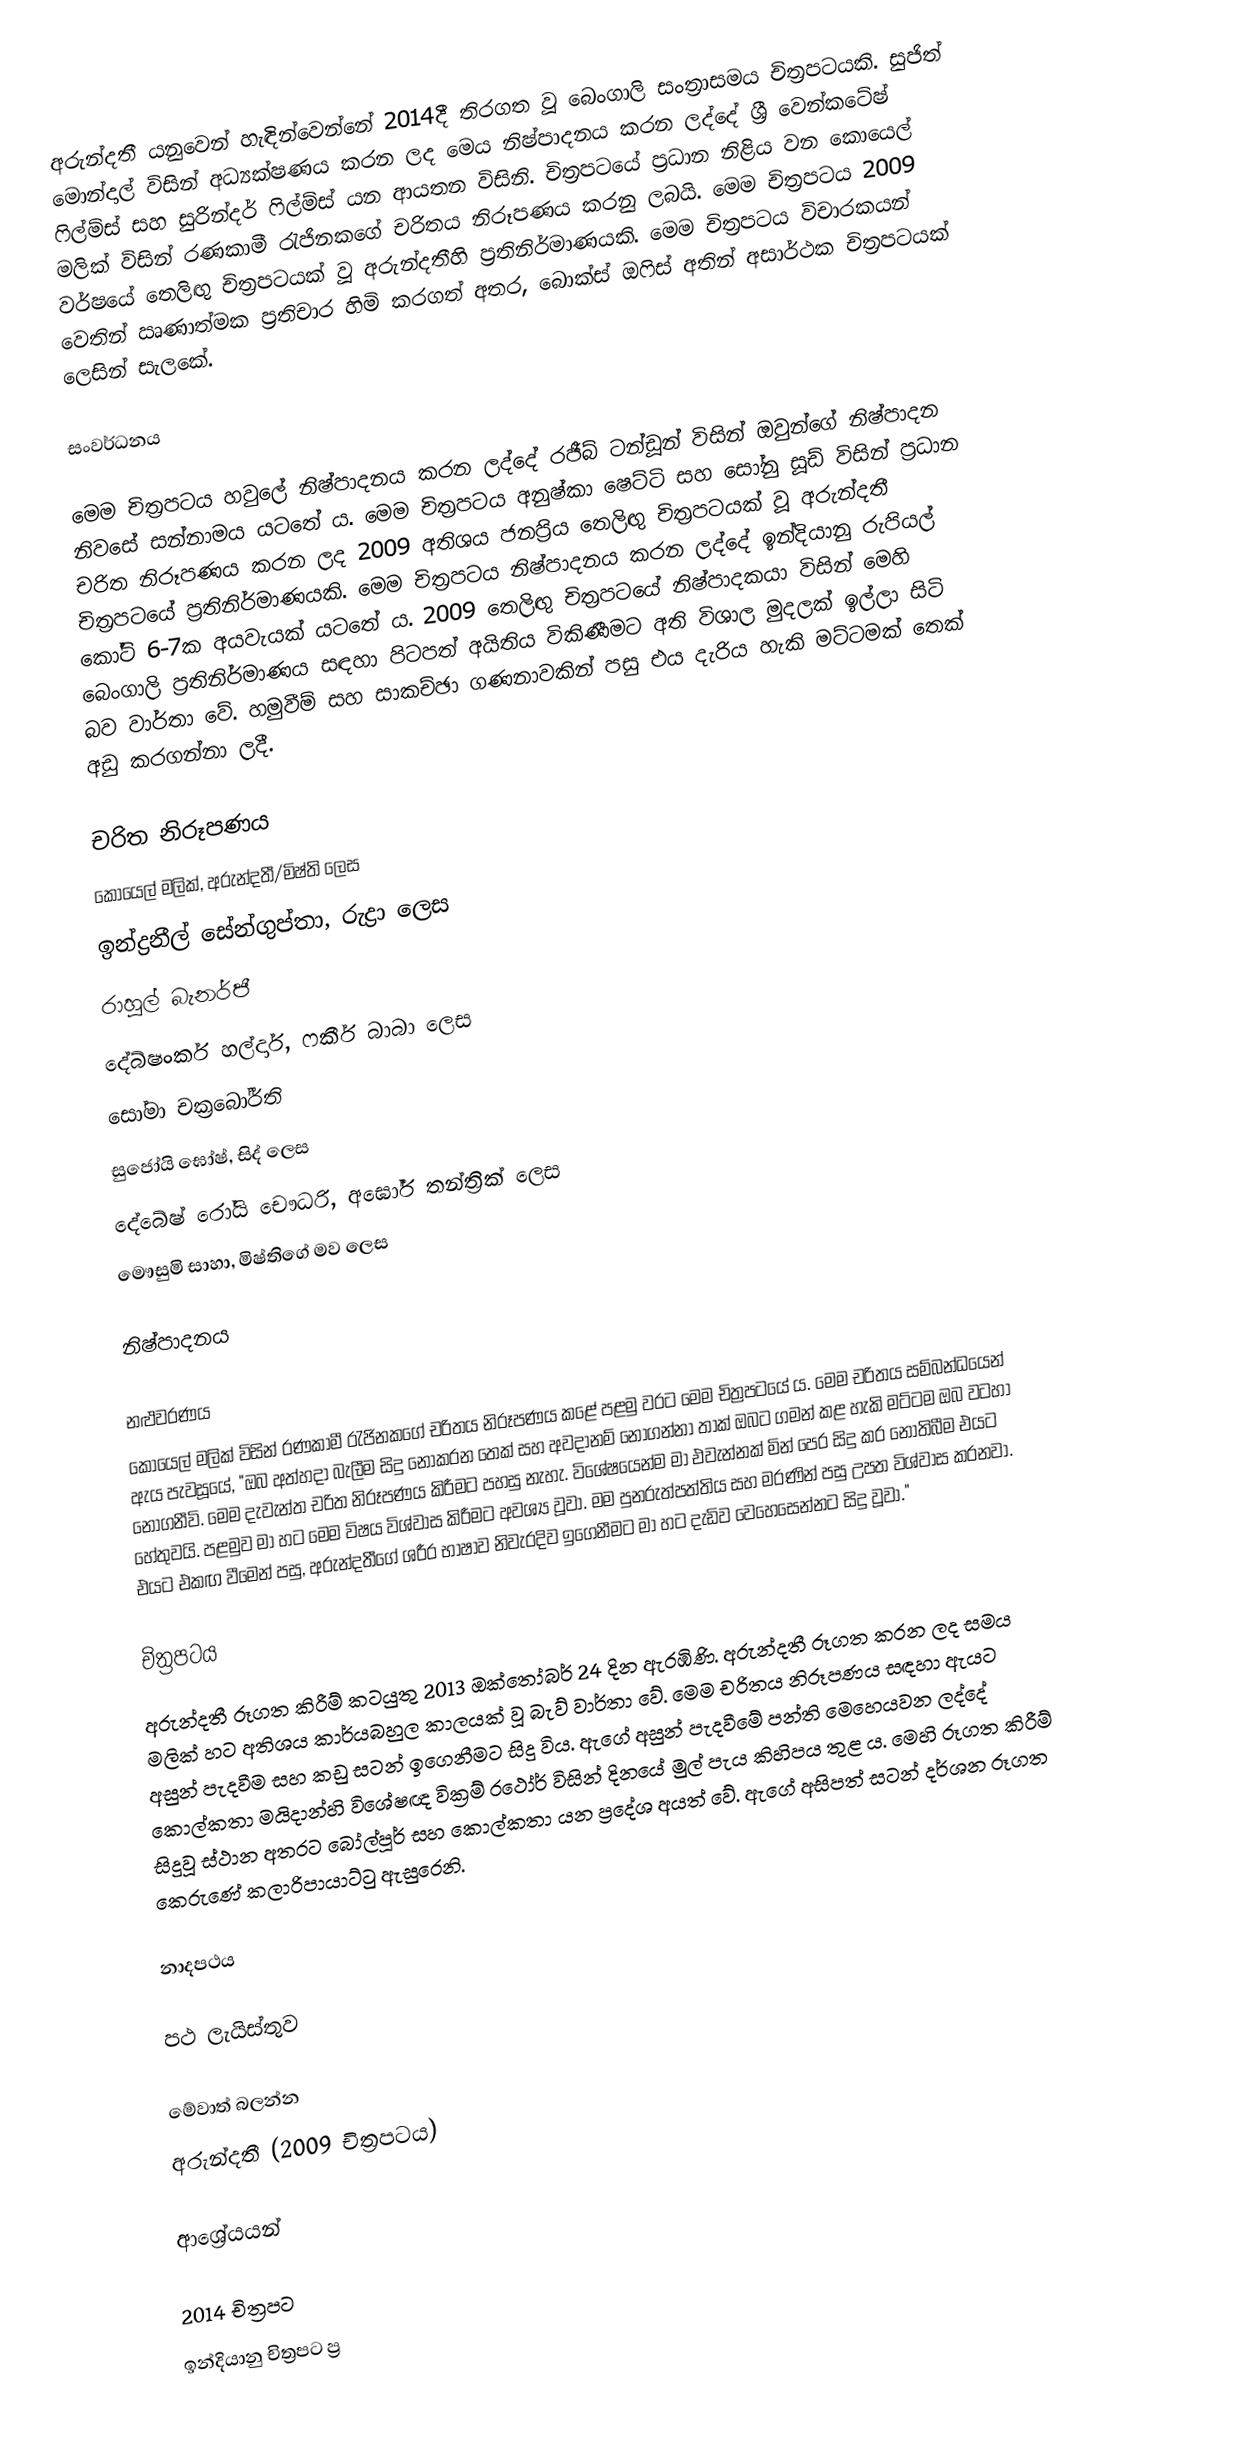
අරුන්දතී යනුවෙන් හැඳින්වෙන්නේ 2014දී තිරගත වූ බෙංගාලි සංත්‍රාසමය චිත්‍රපටයකි. සුජිත් මොන්දාල් විසින් අධ්‍යක්ෂණය කරන ලද මෙය නිෂ්පාදනය කරන ලද්දේ ශ්‍රී වෙන්කටේෂ් ෆිල්ම්ස් සහ සුරින්දර් ෆිල්ම්ස් යන ආයතන විසිනි. චිත්‍රපටයේ ප්‍රධාන නිළිය වන කොයෙල් මලික් විසින් රණකාමී රැජිනකගේ චරිතය නිරූපණය කරනු ලබයි. මෙම චිත්‍රපටය 2009 වර්ෂයේ තෙලිඟු චිත්‍රපටයක් වූ අරුන්දතීහි ප්‍රතිනිර්මාණයකි‍. මෙම චිත්‍රපටය විචාරකයන් වෙතින් ඍණාත්මක ප්‍රතිචාර හිමි කරගත් අතර, බොක්ස් ඔෆිස් අතින් අසාර්ථක චිත්‍රපටයක් ලෙසින් සැලකේ.

සංවර්ධනය

මෙම චිත්‍රපටය හවුලේ නිෂ්පාදනය කරන ලද්දේ රජීබ් ටන්ඩූන් විසින් ඔවුන්ගේ නිෂ්පාදන නිවසේ සන්නාමය යටතේ ය. මෙම චිත්‍රපටය අනුෂ්කා ෂෙට්ටි සහ සෝනු සූඩ් විසින් ප්‍රධාන චරිත නිරූපණය කරන ලද 2009 අතිශය ජනප්‍රිය තෙලිඟු චිත්‍රපටයක් වූ අරුන්දතී චිත්‍රපටයේ ප්‍රතිනිර්මාණයකි. මෙම චිත්‍රපටය නිෂ්පාදනය කරන ලද්දේ ඉන්දියානු රුපියල් කෝටි 6-7ක අයවැයක් යටතේ ය. 2009 තෙලිඟු චිත්‍රපටයේ නිෂ්පාදකයා විසින් මෙහි බෙංගාලි ප්‍රතිනිර්මාණය සඳහා පිටපත් අයිතිය විකිණීමට අති විශාල මුදලක් ඉල්ලා සිටි බව වාර්තා වේ. හමුවීම් සහ සාකච්ඡා ගණනාවකින් පසු එය දැරිය හැකි මට්ටමක් තෙක් අඩු කරගන්නා ලදී.

චරිත නිරූපණය
කොයෙල් මලික්, අරුන්දතී/මිෂ්ති ලෙස
ඉන්ද්‍රනීල් සේන්ගුප්තා, රුද්‍රා ලෙස
රාහුල් බැනර්ජී
දේබ්ෂංකර් හල්දාර්, ෆකීර් බාබා ලෙස
සෝමා චක්‍රබෝර්ති
සුජෝයි ඝෝෂ්, සිද් ලෙස
දේබේෂ් රෝයි චෞධරි, අඝෝර් තන්ත්‍රික් ලෙස
මෞසුමි සාහා, මිෂ්තිගේ මව ලෙස

නිෂ්පාදනය

නළුවරණය
කොයෙල් මලික් විසින් රණකාමී රැජිනකගේ චරිතය නිරූපණය කළේ පළමු වරට මෙම චිත්‍රපටයේ ය. මෙම චරිතය සම්බන්ධයෙන් ඇය පැවසූයේ, "ඔබ අත්හදා බැලීම සිදු නොකරන තෙක් සහ අවදානම් නොගන්නා තාක් ඔබට ගමන් කළ හැකි මට්ටම ඔබ වටහා නොගනීවි. මෙම දැවැන්ත චරිත නිරූපණය කිරීමට පහසු නැහැ. විශේෂයෙන්ම මා එවැන්නක් මින් පෙර සිදු කර නොතිබීම එයට හේතුවයි. පළමුව මා හට මෙම විෂය විශ්වාස කිරීමට අවශ්‍ය වූවා. මම පුනරුත්පත්තිය සහ මරණින් පසු උපත විශ්වාස කරනවා. එයට එකඟ වීමෙන් පසු, අරුන්දතීගේ ශරීර භාෂාව නිවැරදිව ඉගෙනීමට මා හට දැඩිව වෙහෙසෙන්නට සිදු වූවා."

චිත්‍රපටය
අරුන්දතී රූගත කිරීම් කටයුතු 2013 ඔක්තෝබර් 24 දින ඇරඹිණි. අරුන්දතී රූගත කරන ලද සමය මලික් හට අතිශය කාර්යබහුල කාලයක් වූ බැව් වාර්තා වේ. මෙම චරිතය නිරූපණය සඳහා ඇයට අසුන් පැදවීම සහ කඩු සටන් ඉගෙනීමට සිදු විය. ඇගේ අසුන් පැදවීමේ පන්ති මෙහෙයවන ලද්දේ කොල්කතා මයිදාන්හි විශේෂඥ වික්‍රම් රථෝර් විසින් දිනයේ මුල් පැය කිහිපය තුළ ය. මෙහි රූගත කිරීම් සිදුවූ ස්ථාන අතරට බෝල්පූර් සහ කොල්කතා යන ප්‍රදේශ අයත් වේ. ඇගේ අසිපත් සටන් දර්ශන රූගත කෙරුණේ කලාරිපායාට්ටු ඇසුරෙනි.

නාදපථය

පථ ලැයිස්තුව

මේවාත් බලන්න
 අරුන්දතී (2009 චිත්‍රපටය)

ආශ්‍රේයයන්

2014 චිත්‍රපට
ඉන්දියානු චිත්‍රපට ප්‍ර